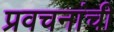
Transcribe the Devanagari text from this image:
प्रवचनांची